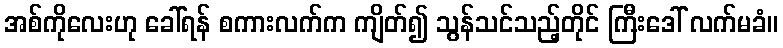
အစ်ကိုလေးဟု ခေါ်ရန် စကားလက်က ကျိတ်၍ သွန်သင်သည့်တိုင် ကြီးဒေါ် လက်မခံ။